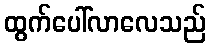
ထွက်ပေါ်လာလေသည်